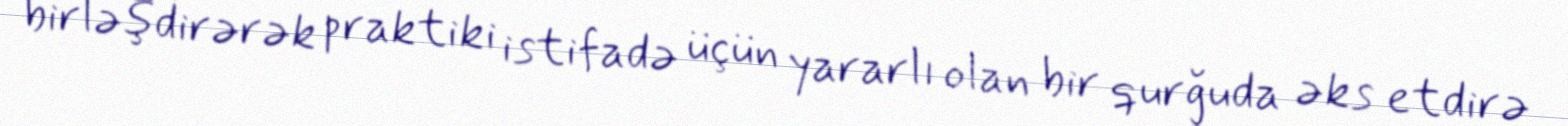
birləşdirərək praktiki istifadə üçün yararlı olan bir qurğuda əks etdirə